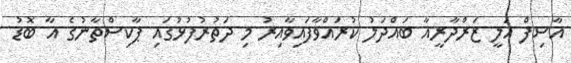
އާސިފް އަލީ ޒަރްދާރީއާ ބައްދަލު ކުރައްވާފައިވާއިރު މި ދަތުރުފުޅުގައި ޕާކިސްތާނުގެ އާ ބޮޑު